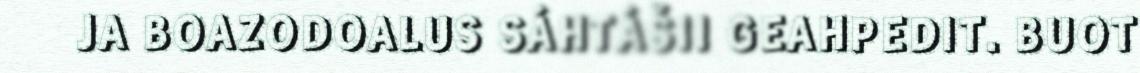
JA BOAZODOALUS SÁHTÁŠII GEAHPEDIT. BUOT